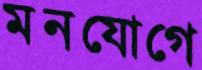
মনযোগে